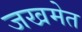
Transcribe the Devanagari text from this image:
जखमेत